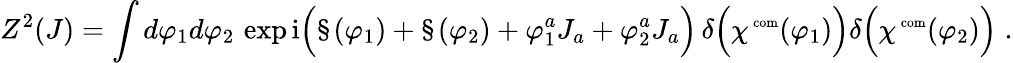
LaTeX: Z^{2}(J)=\int d\varphi_{1}d\varphi_{2}\, \exp\mathrm{i}\Bigl(\S(\varphi_{1})+\S(\varphi_{2})+\varphi_{1}^{a}J_{a}+\varphi_{2}^{a}J_{a}\Bigr)\, \delta\Bigl(\chi^{\mathrm{\scriptsize~com}}(\varphi_{1})\Bigr)\delta\Bigl(\chi^{\mathrm{\scriptsize~com}}(\varphi_{2})\Bigr)\; .